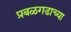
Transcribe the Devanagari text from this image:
प्रबळगडाच्या